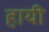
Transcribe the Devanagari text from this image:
हायी